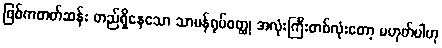
ဖြစ်ကတတ်ဆန်း တည်ရှိနေသော သာမန်ရုပ်ဝတ္ထု အလုံးကြီးတစ်လုံးတော့ မဟုတ်ပါဟု